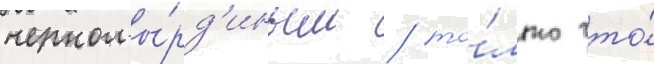
черномы́рд'иным / то́лько что́